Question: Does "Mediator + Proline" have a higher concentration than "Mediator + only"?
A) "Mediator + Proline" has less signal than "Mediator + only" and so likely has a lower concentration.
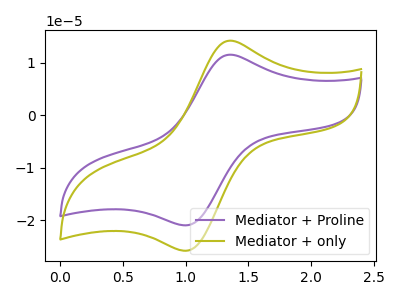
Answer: <think>The purple curve "Mediator + Proline" has an anodic peak at (1.35V, 11.55uA) and a cathodic peak at (1.00V, -20.95uA). The olive curve "Mediator + only" has an anodic peak at (1.35V, 14.25uA) and a cathodic peak at (1.00V, -25.80uA).
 All the peaks in "Mediator + Proline" have a peak in "Mediator + only" at the same potential. Every peak in "Mediator + Proline" is lower than every peak in "Mediator + only".</think>
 <answer>A) "Mediator + Proline" has less signal than "Mediator + only" and so likely has a lower concentration.</answer>
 <eval>A</eval>